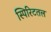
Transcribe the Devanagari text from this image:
स्पिरिटतल